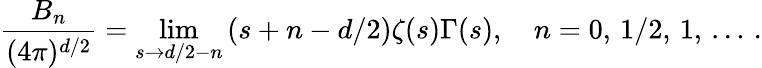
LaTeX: \frac{B_{n}}{(4\pi)^{d/2}}=\operatorname*{lim}_{s\to d/2-n}\left(s+n-d/2\right)\zeta(s)\Gamma(s),\quad n=0,\, 1/2,\, 1,\, \ldots\, {.}